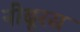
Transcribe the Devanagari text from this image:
नीबूरस